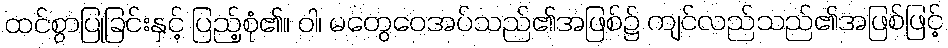
ထင်စွာပြုခြင်းနှင့် ပြည့်စုံ၏။ ဝါ၊ မတွေဝေအပ်သည်၏အဖြစ်၌ ကျင်လည်သည်၏အဖြစ်ဖြင့်